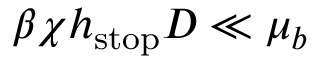
\beta \chi h _ { \mathrm { s t o p } } D \ll \mu _ { b }